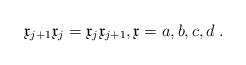
LaTeX: \begin{align*}\mathfrak{x}_{j+1}\mathfrak{x}_{j}=\mathfrak{x}_{j}\mathfrak{x}_{j+1},\mathfrak{x}=a,b,c,d\;.\end{align*}